Annual report on the working of the lock hospitals in the Central Provinces
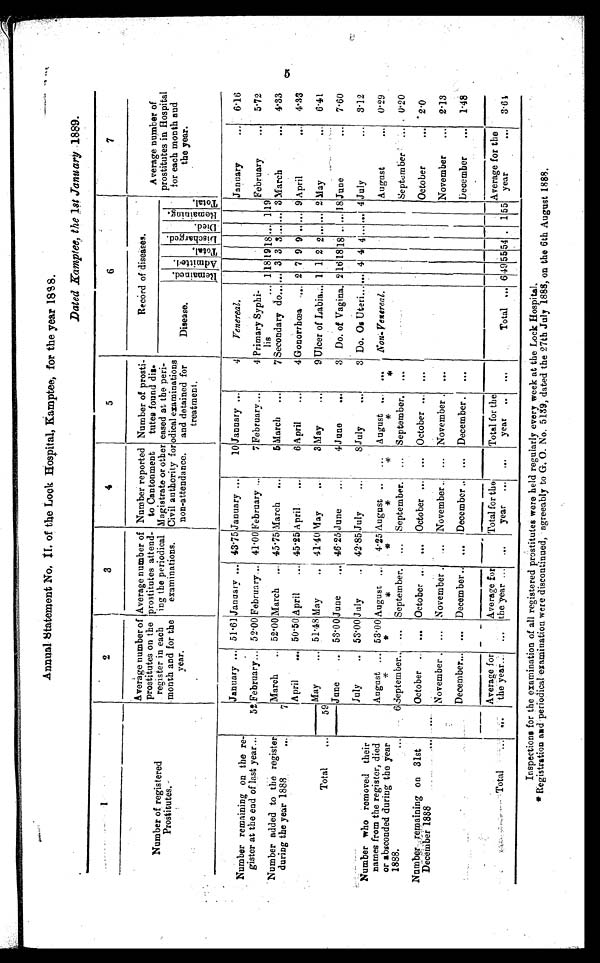
Annual Statement No. II, of the Lock Hospital, Kamptee, for the year 1888.
Dated Kamptee, the 1st January 1889.
1
2
3
4
5
6
7
Number of registered
P r o s t i t u t e s .
Average number of
prostitutes on the
register in each
month and for the
year.
Average number of
prostitutes attend-
ing the periodical
examinations.
Number reported
to Cantonment
Magistrate or other
Civil authority for
non-attendance.
Number of prosti-
tutes found dis-
eased at the peri-
odical examinations
and detained for
treatment.
Record of diseases.
Disease.
Remai ned. Admi t t ed. Total.
Di s c ha r ge d.
Died. R e ma i n i n g .
Total .
Average number of
prostitutes in Hospital
for each month and
the year.
January... 51.61 January... 43.75 January...
10 January...
4
Venereal.
January ...
6.16
Number remaining on the re-
gister at the end of last year ...
52 February
52.00 February... 41.00 February...
7 February...
4 Primary Syphi-
lis
1 18 19 18
1
9
February
...
5.72
Number added to the register
during the year 1888
7
March
52.00 March
... 45.75 March
5 March
...
7 Secondary do... ... 3 3 3
...
... 3 March
...
4.33
April
... 50.50 April
... 45.25 April
...
6 April
. . .
4 Gonorrhœa ...., 2 7 9 9 ..... 9 April
...
4.33
Total
...
59
May
... 51.48 May
41.40 May
3 May
...
9 Ulcer of Labia... 1 1 2 2
2 May
...
6.41
June
53.00 June
46.25 June
4 June
3 Do. of Vagina. 2 16 18 18
18 June
. . .
7.60
July
.. 53.00 July
.. 42.85 July
. . .
8 July
...
3 Do. Os Uteri. ... 4 4 4 ....... . . . 4 July
...
3.12
Number who removed their
names from the register, died
or absconded during the year 1888.
6 August* ... 53.00
*
August* ...
4.25
*
August* . . ...
*
August* ...
*
Non-Venereal.
August
0.29
6 September.. ... September.
... September
...
... September.
...
S e p t e m b e r
...
0.20
Number remaining on 31st
December 1888
October
... October
October ... ... October ...
October
...
2.0
November
...
... November
November
...
... November . ...
November
...
2.13
December... ... December
... December
... December
...
December
1.48
Total
Average for
the year... ...
Average for
the year ...
Total for the
year
...
...
Total for the
year
Total ... 6 49 55 54
1 55
Average for the
year
...
3.61
Inspection for the examination of all registered prostitutes were held regularly every week at the Lock Hospital.
* Registration read periodical examination were discontinued, agreeably to G. O. No. 5139, dated the 27th July 1888, on the 6th August 1888.